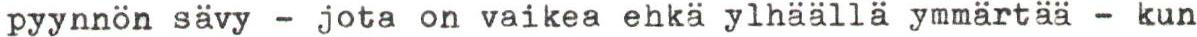
pyynnön sävy - jota on vaikea ehkä ylhäällä ymmärtää - kun